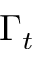
\Gamma _ { t }